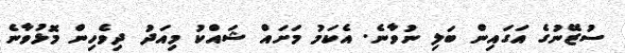
ސުޒޭނުގެ އަގައިން ބަލި ނުވާނެ. އެކަމު މަށައް ޝައްކު މިއަދު ދިވެހިން މޮޅުވާނެ